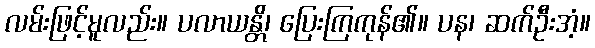
လမ်းဖြင့်မူလည်း။ ပလာယန္တိ၊ ပြေးကြကုန်၏။ ပန၊ ဆက်ဦးအံ့။